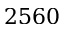
2 5 6 0